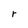
Character: r